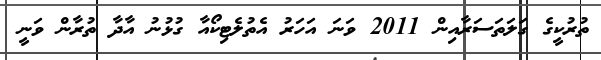
ތުރުކީގެ ގަލަތަސަރާއިން 2011 ވަނަ އަހަރު އެތުލެޓިކޯއާ ގުޅުނު އާދާ ތުރާން ވަނީ